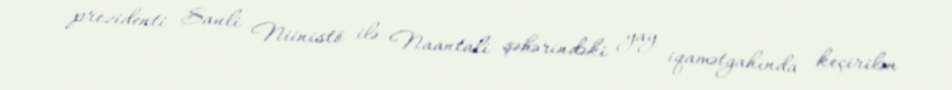
prezidenti Sauli Niinistö ilə Naantali şəhərindəki yay iqamətgahında keçirilən